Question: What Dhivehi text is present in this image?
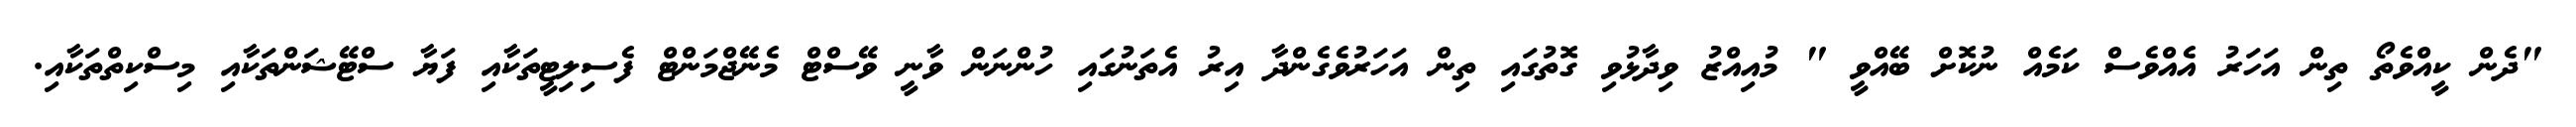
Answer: "ދެން ކީއްވެތޯ ތިން އަހަރު އެއްވެސް ކަމެއް ނުކޮށް ބޭއްވީ " މުއިއްޒު ވިދާޅުވި ގޮތުގައި ތިން އަހަރުވެގެންދާ އިރު އެތަނުގައި ހުންނަން ވާނީ ވޭސްޓް މެނޭޖްމަންޓް ފެސިލިޓީތަކާއި ފަޔާ ސްޓޭޝަންތަކާއި މިސްކިތްތަކާއި.